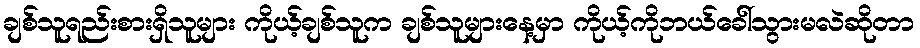
ချစ်သူရည်းစားရှိသူများ ကိုယ့်ချစ်သူက ချစ်သူများနေ့မှာ ကိုယ့်ကိုဘယ်ခေါ်သွားမလဲဆိုတာ